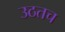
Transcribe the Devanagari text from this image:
उठतच